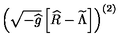
\left( \sqrt { - { \widehat g } } \left[ { \widehat R } - { \widetilde \Lambda } \right] \right) ^ { ( 2 ) }